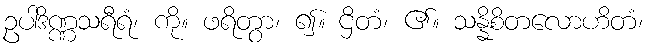
ဥပါဒိဏ္ဏသရီရံ၊ ကို။ ဖရိတွာ၊ ၍။ ဌိတံ၊ ၏။ သန္နိစိတလောဟိတံ၊